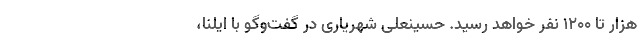
هزار تا ۱۲۰۰ نفر خواهد رسید. حسینعلی شهریاری در گفت‌وگو با ایلنا،